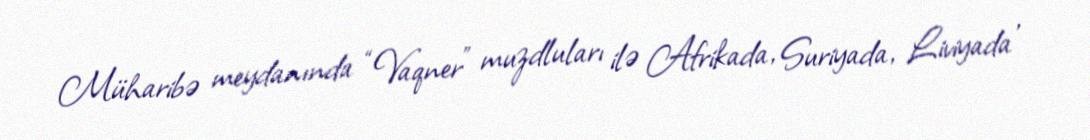
Müharibə meydanında “Vaqner” muzdluları ilə Afrikada, Suriyada, Liviyada ,